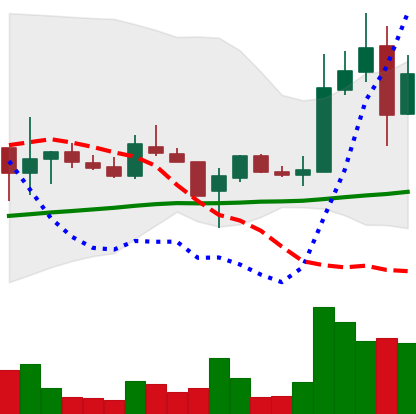
Ticker: LTC-USD
Chart end date: 2017-11-11
Forward return: 14.055%
Label: up_7plus